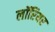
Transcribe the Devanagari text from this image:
लॉरियर